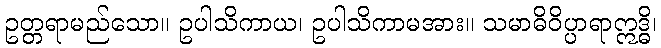
ဥတ္တရာမည်သော။ ဥပါသိကာယ၊ ဥပါသိကာမအား။ သမာဓိဝိပ္ပာရာဣဒ္ဓိ၊